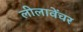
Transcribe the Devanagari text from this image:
लीलावेंचर